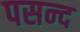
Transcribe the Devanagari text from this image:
पसन्‍द